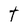
Character: t